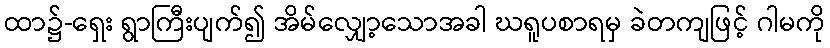
ထာ၌-ရှေး ရွာကြီးပျက်၍ အိမ်လျှော့သောအခါ ဃရူပစာရမှ ခဲတကျဖြင့် ဂါမကို